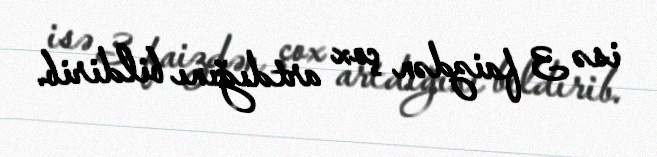
isə 3 faizdən çox artdığını bildirib.